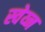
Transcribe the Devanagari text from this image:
स्वेय्न